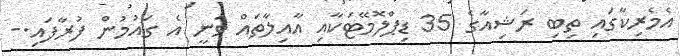
އެމެރިކާގައި ތިބި ރަޝިއާގެ 35 ޑިޕްލޮމޭޓަކާއި އާއިލާތައް ވަނީ އެ ގައުމުން ފުރާފައި.-